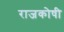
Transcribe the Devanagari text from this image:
राजकोषी